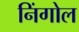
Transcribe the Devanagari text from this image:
निंगोल